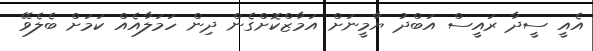
އެއީ ސީދާ ރައީސް އަބްދު ޔާމީނަށް އަމާޒްކޮށްގެން ދިން ހަމަލާއެއް ކަމަށް ބެލެވޭ